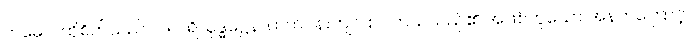
တမေဝ၊ ထိုစိတ်သည်ပင်။ ပရိသုဒ္ဓဋ္ဌေန၊ ထက်ဝန်းကျင် စင်ကြယ်သည်၏ အဖြစ်ဟူသော အနက်ကြောင့်။